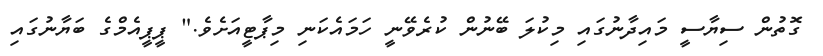
ގޮތުން ސިޔާސީ މައިދާނުގައި މިކުލަ ބޭނުން ކުރެވޭނީ ހަމައެކަނި މިޕާޓީއަށެވެ." ޕީޕީއެމްގެ ބަޔާނުގައި